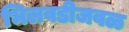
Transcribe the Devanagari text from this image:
भिलवडीजवळ